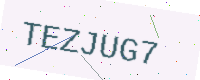
Text: TEZJUG7